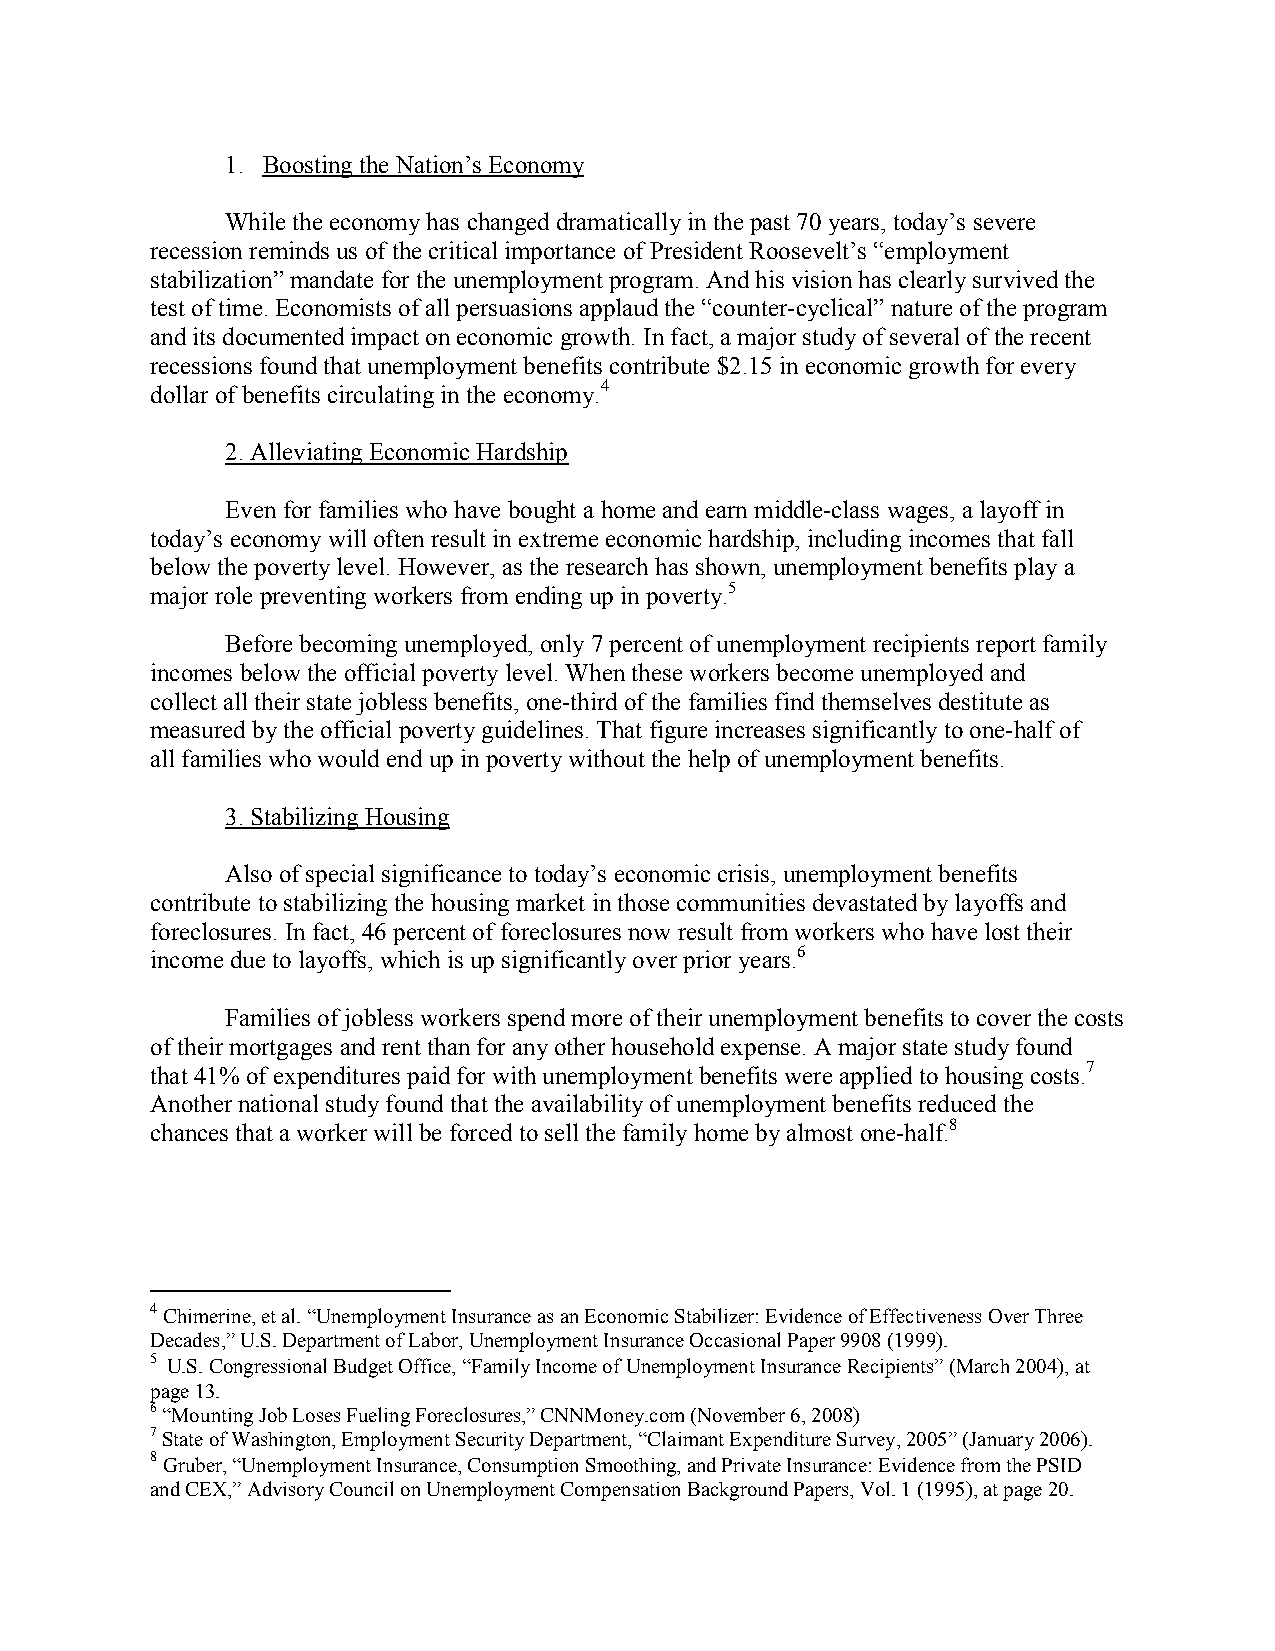
1. Boosting the Nation’s Economy
 While the economy has changed dramatically in the past 70 years, today’s severe
 recession reminds us of the critical importance of President Roosevelt’s “employment
 stabilization” mandate for the unemployment program. And his vision has clearly survived the
 test of time. Economists of all persuasions applaud the “counter-cyclical” nature of the program
 and its documented impact on economic growth. In fact, a major study of several of the recent
 recessions found that unemployment benefits contribute $2.15 in economic growth for every
 dollar of benefits circulating in the economy.4
 2. Alleviating Economic Hardship
 Even for families who have bought a home and earn middle-class wages, a layoff in
 today’s economy will often result in extreme economic hardship, including incomes that fall
 below the poverty level. However, as the research has shown, unemployment benefits play a
 major role preventing workers from ending up in poverty.5
 Before becoming unemployed, only 7 percent of unemployment recipients report family
 incomes below the official poverty level. When these workers become unemployed and
 collect all their state jobless benefits, one-third of the families find themselves destitute as
 measured by the official poverty guidelines. That figure increases significantly to one-half of
 all families who would end up in poverty without the help of unemployment benefits.
 3. Stabilizing Housing
 Also of special significance to today’s economic crisis, unemployment benefits
 contribute to stabilizing the housing market in those communities devastated by layoffs and
 foreclosures. In fact, 46 percent of foreclosures now result from workers who have lost their
 income due to layoffs, which is up significantly over prior years.6
 Families of jobless workers spend more of their unemployment benefits to cover the costs
 of their mortgages and rent than for any other household expense. A major state study found
 that 41% of expenditures paid for with unemployment benefits were applied to housing costs.7
 Another national study found that the availability of unemployment benefits reduced the
 chances that a worker will be forced to sell the family home by almost one-half.8
 4 Chimerine, et al. “Unemployment Insurance as an Economic Stabilizer: Evidence of Effectiveness Over Three
 Decades,” U.S. Department of Labor, Unemployment Insurance Occasional Paper 9908 (1999).
 5 U.S. Congressional Budget Office, “Family Income of Unemployment Insurance Recipients” (March 2004), at
 page 13.
 6 “Mounting Job Loses Fueling Foreclosures,” CNNMoney.com (November 6, 2008)
 7 State of Washington, Employment Security Department, “Claimant Expenditure Survey, 2005” (January 2006).
 8 Gruber, “Unemployment Insurance, Consumption Smoothing, and Private Insurance: Evidence from the PSID
 and CEX,” Advisory Council on Unemployment Compensation Background Papers, Vol. 1 (1995), at page 20.